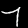
Label: 7